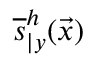
\overline { { s } } _ { \vert y } ^ { h } ( \vec { x } )